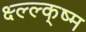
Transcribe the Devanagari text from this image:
क्ष्ल्ल्क्ष्म